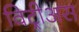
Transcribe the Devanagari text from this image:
विट्रीअस